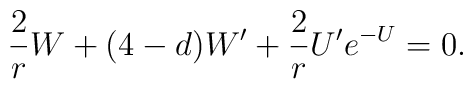
\frac{2}{r}W+(4-d)W^{\prime }+\frac{2}{r}U^{\prime }e^{-U}=0.